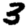
Digit: 3